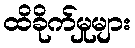
ထိခိုက်မှုများ